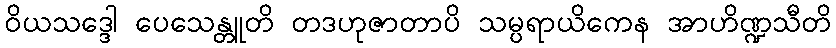
ဝိယသဒ္ဒေါ ပေသေန္တူတိ တဒဟုဇာတာပိ သမ္ပရာယိကေန အာဟိဏ္ဍသီတိ